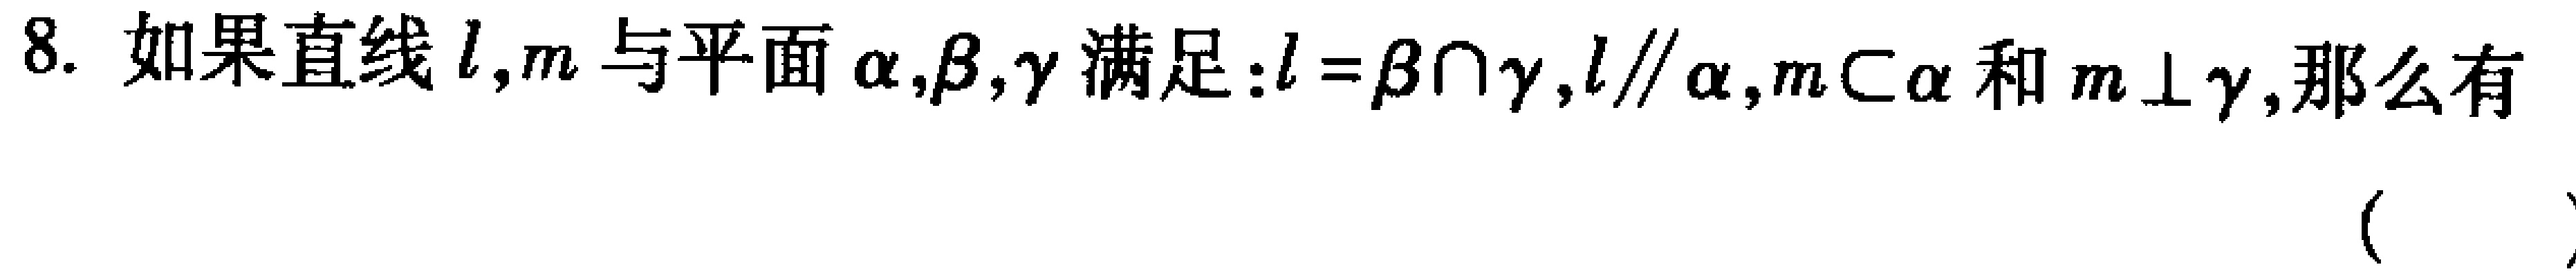
8. 如果直线\(l,m\)与平面\(\alpha,\beta,\gamma\)满足：\(l = \beta\cap\gamma,l\parallel\alpha,m\subset\alpha\)和\(m\perp\gamma\)，那么有 （  ）